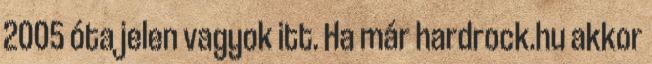
2005 óta jelen vagyok itt. Ha már hardrock.hu akkor